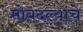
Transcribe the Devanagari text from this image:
मोबदल्याचे